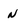
Character: N